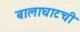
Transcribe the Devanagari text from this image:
बालाघाटची